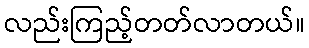
လည်းကြည့်တတ်လာတယ်။